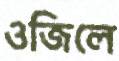
ওজিলে